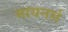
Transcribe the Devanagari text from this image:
मायनर्स